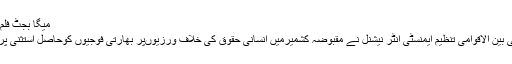
میگا بجٹ فلم کی نمائش کا اعلان ... مزید
لندن میں قائم انسانی حقوق کی بین الاقوامی تنظیم ایمنسٹی انٹر نیشنل نے مقبوضہ کشمیرمیں انسانی حقوق کی خلاف ورزیوںپر بھارتی فوجیوں کوحاصل استثنیٰ پر شدید تشویش ظاہر کی ہے ۔